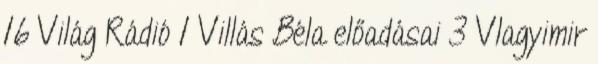
16 Világ Rádió 1 Villás Béla előadásai 3 Vlagyimir